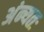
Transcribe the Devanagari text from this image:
अंन्यतः